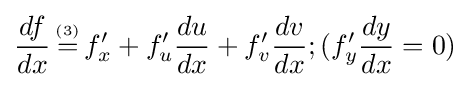
{\frac {df}{dx}}\,{\overset {\underset {\mathrm {(3)} }{}}{=}}\,f'_{x}+f'_{u}{\frac {du}{dx}}+f'_{v}{\frac {dv}{dx}};(f'_{y}{\frac {dy}{dx}}=0)